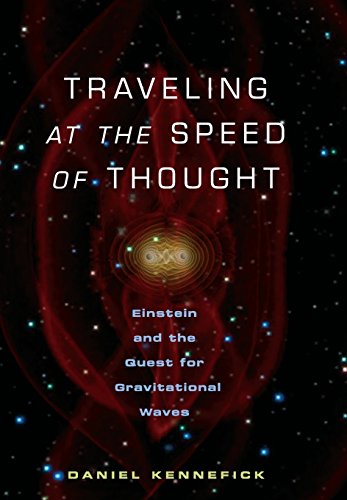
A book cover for Traveling at the Speed of Thought: Einstein and the Quest for Gravitational Waves; Daniel Kennefick; Science & Math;